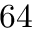
6 4